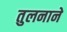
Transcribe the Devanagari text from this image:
तुलनाने